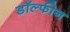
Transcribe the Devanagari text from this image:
डॉल्‍फीन